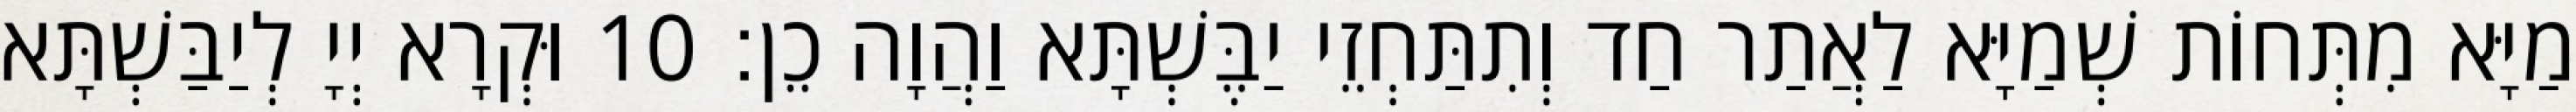
מַיָּא מִתְּחוֹת שְׁמַיָּא לַאֲתַר חַד וְתִתַּחְזֵי יַבֶּשְׁתָּא וַהֲוָה כֵן׃ 10 וּקְרָא יְיָ לְיַבַּשְׁתָּא